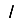
Digit: 1